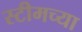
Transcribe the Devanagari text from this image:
स्टीमच्या